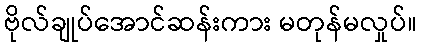
ဗိုလ်ချုပ်အောင်ဆန်းကား မတုန်မလှုပ်။